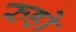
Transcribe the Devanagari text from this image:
रुहो